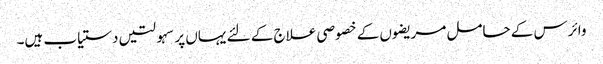
وائرس کے حامل مریضوں کے خصوصی علاج کے لئے یہاں پر سہولتیں دستیاب ہیں۔